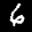
Label: 6